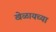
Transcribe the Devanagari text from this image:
खेळायच्या